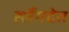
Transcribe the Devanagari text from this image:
ह्लैंगदेत